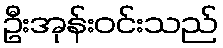
ဦးအုန်းဝင်းသည်